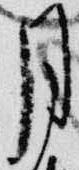
月